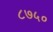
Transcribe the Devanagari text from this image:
८७५०